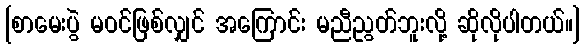
[စာမေးပွဲ မဝင်ဖြစ်လျှင် အကြောင်း မညီညွတ်ဘူးလို့ ဆိုလိုပါတယ်။]